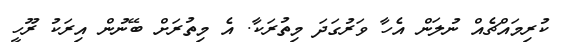
ކުރިމައްޗެއް ނުލަން އެހާ ވަރުގަދަ މިތުރަކާ. އެ މިތުރަށް ބޭނުން އިރަކު ރޫހީ